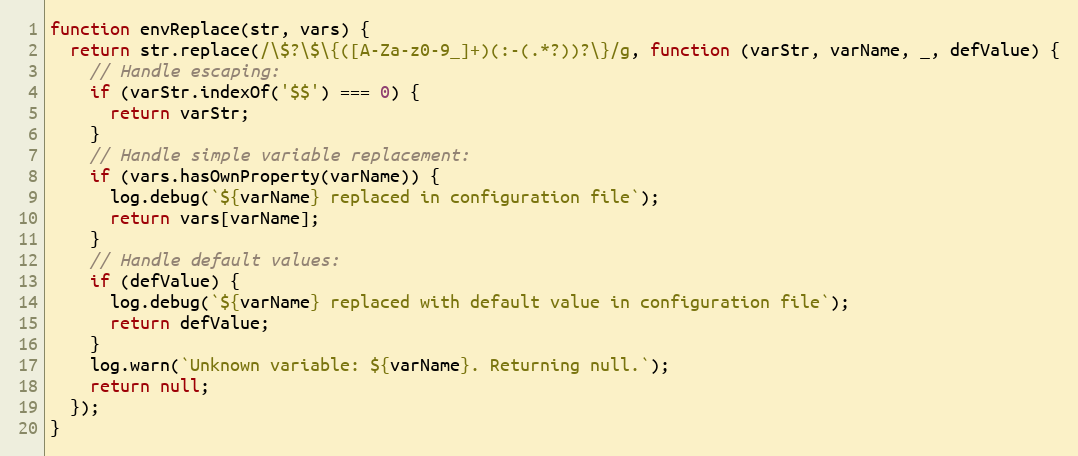
Language: JavaScript
function envReplace(str, vars) {
  return str.replace(/\$?\$\{([A-Za-z0-9_]+)(:-(.*?))?\}/g, function (varStr, varName, _, defValue) {
    // Handle escaping:
    if (varStr.indexOf('$$') === 0) {
      return varStr;
    }
    // Handle simple variable replacement:
    if (vars.hasOwnProperty(varName)) {
      log.debug(`${varName} replaced in configuration file`);
      return vars[varName];
    }
    // Handle default values:
    if (defValue) {
      log.debug(`${varName} replaced with default value in configuration file`);
      return defValue;
    }
    log.warn(`Unknown variable: ${varName}. Returning null.`);
    return null;
  });
}